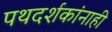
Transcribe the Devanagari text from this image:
पथदर्शकांनाही